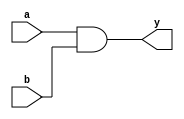
module continuous_assignment_example (
    input wire a,          // Input signal a
    input wire b,          // Input signal b
    output wire y          // Output signal y
);

// Continuous assignment using the assign statement
assign y = a & b;         // y is the logical AND of inputs a and b

endmodule